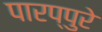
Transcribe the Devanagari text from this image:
पारप्पुरे